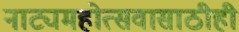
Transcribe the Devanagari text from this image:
नाट्यमहोत्सवासाठीही